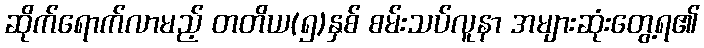
ဆိုက်ရောက်လာမည့် တတိယ(၅)နှစ် စမ်းသပ်လူနာ အများဆုံးတွေ့ရ၏